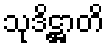
သုဒိဋ္ဌာတိ